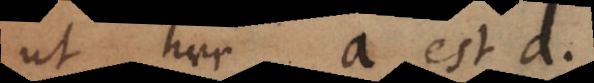
ut haec a est d.